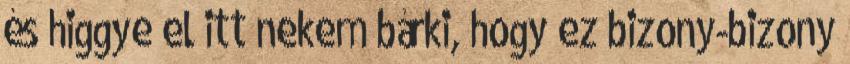
és higgye el itt nekem bárki, hogy ez bizony-bizony